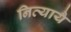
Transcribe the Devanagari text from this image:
नित्यायै